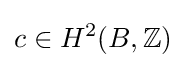
c\in H^{2}(B,\mathbb {Z} )